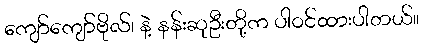
ကျော်ကျော်ဗိုလ်၊ နဲ့ နန်းဆုဦးတို့က ပါဝင်ထားပါတယ်။